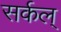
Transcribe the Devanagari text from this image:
सर्कल्